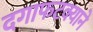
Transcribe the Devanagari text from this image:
दगाफटक्याने